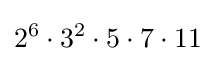
2^{6}\cdot 3^{2}\cdot 5\cdot 7\cdot 11